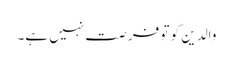
والدین کو تو فرصت نہیں ہے۔